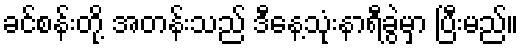
ခင်စန်းတို့ အတန်းသည် ဒီနေ့သုံးနာရီခွဲမှာ ပြီးမည်။